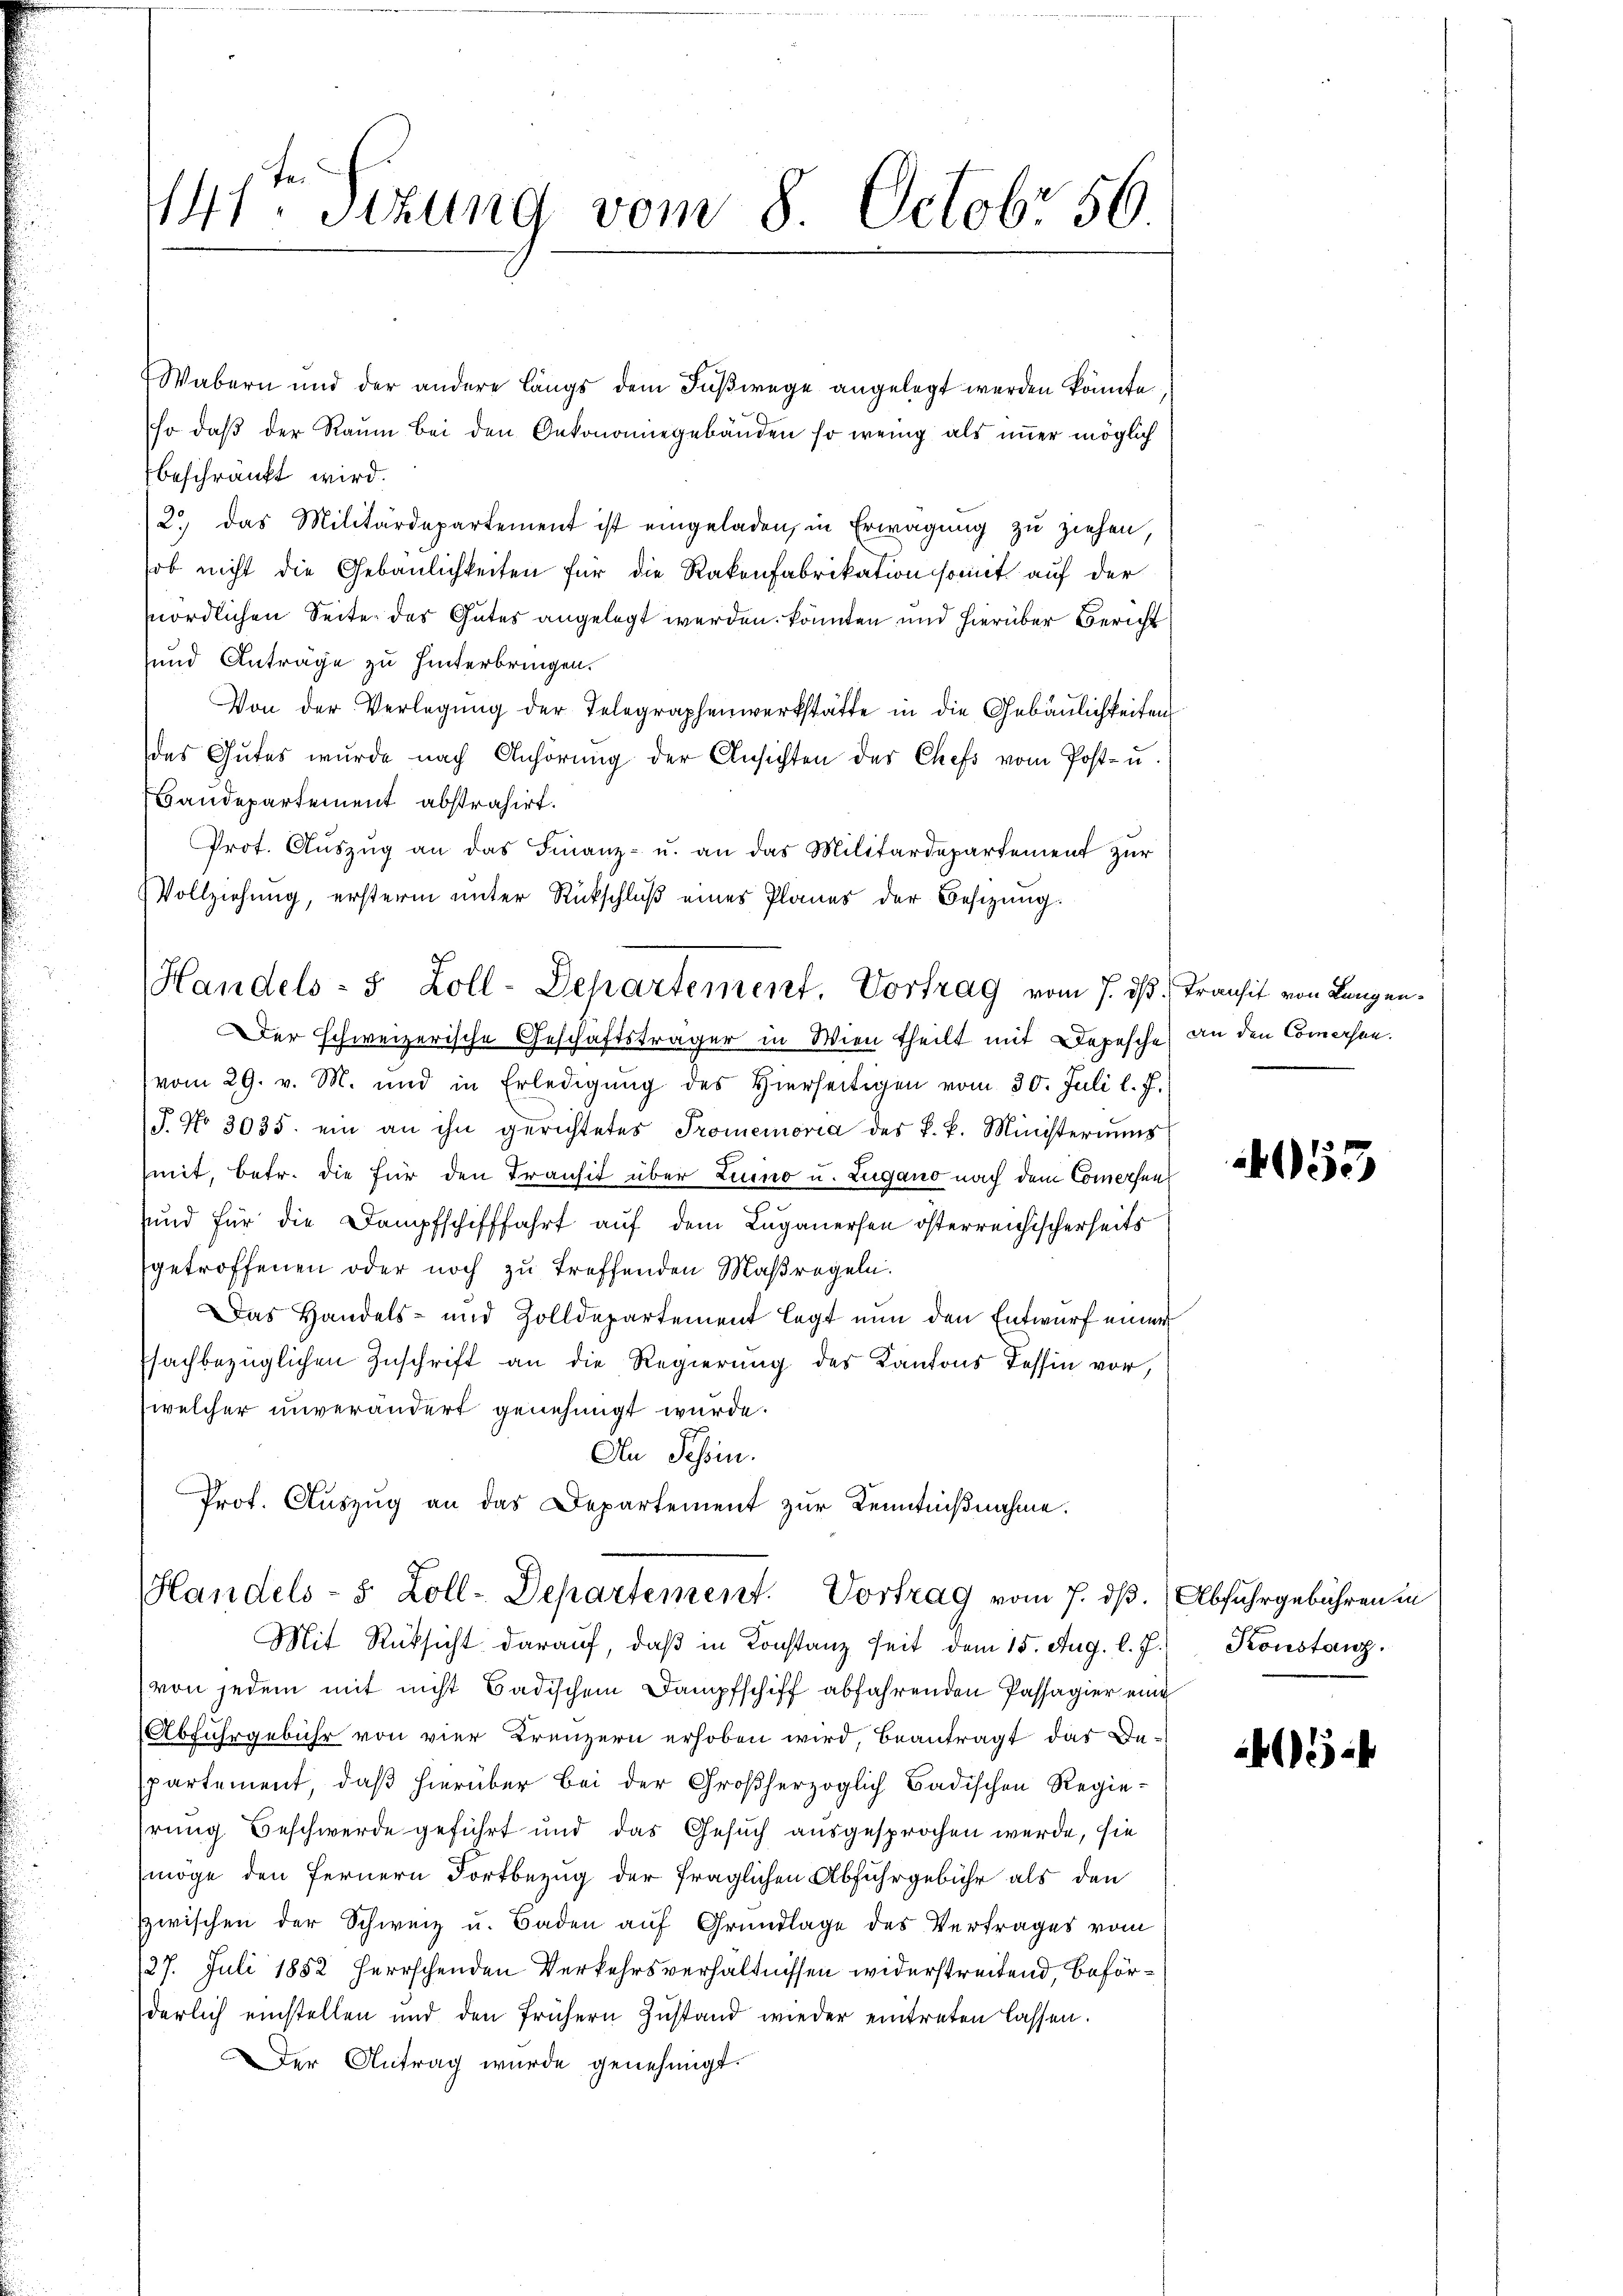
141ten Sizung vom 8. Octobr 56

Wabern und der andere Längs dem Fußwege angelegt werden könnte,
so daβ der Raŭm bei den Oekonomiegebäuden so wenig als imer möglich
beschränkt wird.
2.) Das Militärdepartement ist eingeladen, in Erwägung zu ziehen,
ob nicht die Gebäulichkeiten für die Rakenfabrikation somit auf der
nördlichen Seite des Gutes angelegt werden könnten und hierüber Bericht
und Anträge zu hinterbringen.
Von der Verlegung der Telegraphenwerkstätte in die Gebäulichkeiten
des Gutes wurde nach Anhörŭng der Ansichten des Chefs vom Post- u.
Baudepartement abstrahirt.
Prot. Aŭszŭg an das Finanz- u. an das Militärdepartement zŭr
Vollziehung, ersterm unter Rückschlŭβ eines Planes der Besizung.
vom 29. v. M. und in Erledigŭng des Hierseitigen vom 30. Juli l. J.
J. No 3035. ein an ihn gerichtetes Promemoria des k. k. Ministeriums
mit, betr. die für den Transit über Luino u. Lugano nach dem Comorfen,
und für die Dampfschifffahrt auf dem Luganersen österreichischerheits
getroffenen oder noch zu treffenden Maßregeln.
Das Handels- und Zolldepartement legt nun den Entwurf einer
sachbezüglichen Zuschrift an die Regierung des Kantons Tessin vor,
(welcher unverändert genehmigt wurde.
An Schen.
Prot. Auszug an das Departement zur Kenntnißnahme.
Handels- 8 Zoll-Departement. Vortrag vom 7. dß. Abfuhrgebühren in
Mit Rücksicht darauf, daβ in Konstanz seit dem 15. Aug. l. J. Konstanz.
von jedem mit nicht Badischem Dampfschiff abfahrenden Passagier eine
Abfuhrgebühr von vier Kreuzern erhoben wird, beantragt das Departement, daß hierüber bei der Großherzoglich Badischen Regie-
hrung Beschwerde geführt und das Gesuch ausgesprochen werde, sie
möge den Fernern Fortbezug der fraglichen Abfuhrgebühr als den
zwischen der Schweiz u. Baden auf Grundlage des Vertrages vom
127. Juli 1882 herrschenden Verkehrsverhältnissen widerstreitend, beförderlich einstellen und den frühern Zustand wieder eintreten lassen.
er Antrag wurde genehmigt.

Handels- 5 Zoll-Departement. Vortrag vom 7. ds. Transit von Langen¬
Der schweizerische Geschäftsträger in Wien theilt mit Depesche an den Comersen¬

53

3